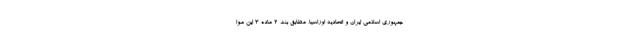
جمهوری اسلامی ایران و اتحادیه اوراسیا، مطابق بند ۲ ماده ۳ این موا